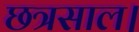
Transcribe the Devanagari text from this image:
छत्रसाल।